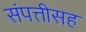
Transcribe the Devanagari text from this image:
संपत्तीसह